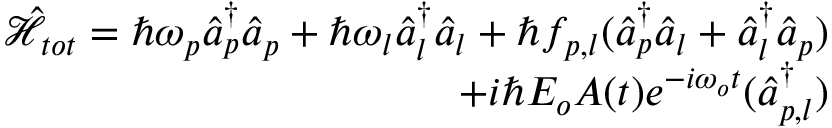
\begin{array} { r } { \hat { \mathcal { H } } _ { t o t } = \hbar \omega _ { p } \hat { a } _ { p } ^ { \dagger } \hat { a } _ { p } + \hbar \omega _ { l } \hat { a } _ { l } ^ { \dagger } \hat { a } _ { l } + \hbar f _ { p , l } ( \hat { a } _ { p } ^ { \dagger } \hat { a } _ { l } + \hat { a } _ { l } ^ { \dagger } \hat { a } _ { p } ) } \\ { + i \hbar E _ { o } A ( t ) e ^ { - i \omega _ { o } t } ( \hat { a } _ { p , l } ^ { \dagger } ) } \end{array}